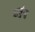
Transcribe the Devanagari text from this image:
शत्रुंना